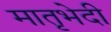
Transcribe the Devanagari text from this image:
मातृभेदी